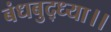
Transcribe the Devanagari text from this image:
बंधबुद्ध्या।।